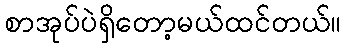
စာအုပ်ပဲရှိတော့မယ်ထင်တယ်။